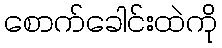
စောက်ခေါင်းထဲကို